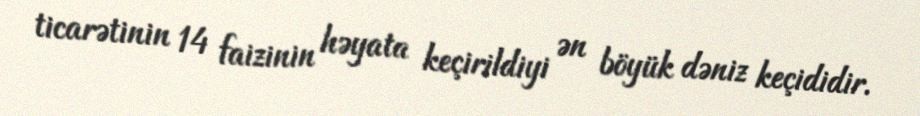
ticarətinin 14 faizinin həyata keçirildiyi ən böyük dəniz keçididir.